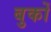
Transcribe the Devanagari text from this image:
बुकों